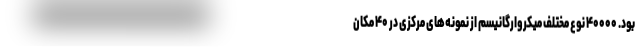
بود. ۴۰۰۰۰ نوع مختلف میکروارگانیسم از نمونه‌های مرکزی در ۴۰ مکان‌